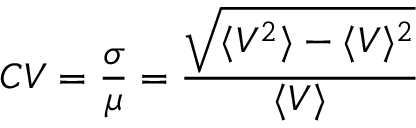
C V = \frac { \sigma } { \mu } = \frac { \sqrt { \langle V ^ { 2 } \rangle - \langle V \rangle ^ { 2 } } } { \langle V \rangle }